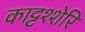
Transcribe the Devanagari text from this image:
काट्टश्शेरि